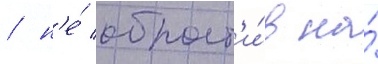
/ н'е́ обрат'и́в на́